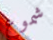
شموع